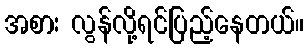
အစား လွန်လို့ရင်ပြည့်နေတယ်။